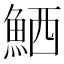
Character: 𫙘